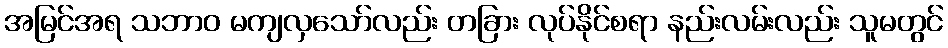
အမြင်အရ သဘာဝ မကျလှသော်လည်း တခြား လုပ်နိုင်စရာ နည်းလမ်းလည်း သူမတွင်